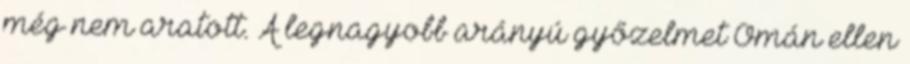
még nem aratott. A legnagyobb arányú győzelmet Omán ellen